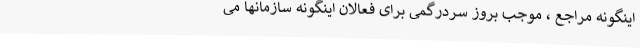
اینگونه مراجع ، موجب بروز سردرگمی برای فعالان اینگونه سازمانها می